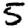
Digit: 5